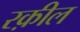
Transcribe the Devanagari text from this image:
रक़ील